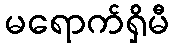
မရောက်ရှိမီ